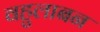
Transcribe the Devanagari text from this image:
वहुलाबन